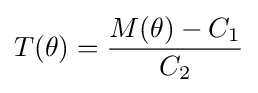
T(\theta )={\frac {M(\theta )-C_{1}}{C_{2}}}